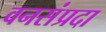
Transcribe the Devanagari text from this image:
वनसंप्रदा